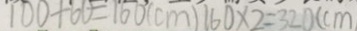
1 0 0 + 6 0 = 1 6 0 ( c m ) 1 6 0 \times 2 = 3 2 0 ( c m